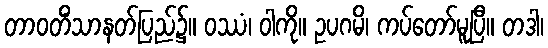
တာဝတိံသာနတ်ပြည်၌။ ဝဿံ၊ ဝါကို။ ဥပဂမိ၊ ကပ်တော်မူပြီ။ တဒါ၊